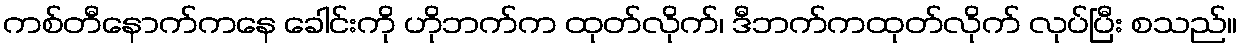
ကစ်တီနောက်ကနေ ခေါင်းကို ဟိုဘက်က ထုတ်လိုက်၊ ဒီဘက်ကထုတ်လိုက် လုပ်ပြီး စသည်။